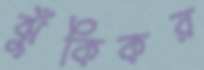
ঝুঁকিকর